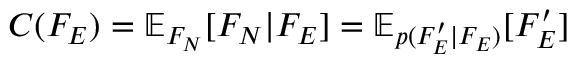
C ( F _ { E } ) = \mathbb { E } _ { F _ { N } } [ F _ { N } | F _ { E } ] = \mathbb { E } _ { p ( F _ { E } ^ { \prime } | F _ { E } ) } [ F _ { E } ^ { \prime } ]